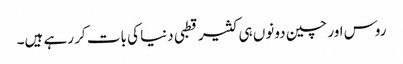
روس اور چین دونوں ہی کثیر قطبی دنیا کی بات کر رہے ہیں۔